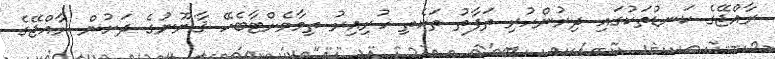
ރާއްޖޭގެ ކަނޑުތަކުގައި ދިރުންހުރި ތަފާތު ތަކެތި ހުރިއިރު ތިމާވެށްޓާބެހޭ ޤާނޫނުގެ ދަށުން ރާއްޖޭގެ